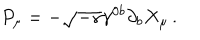
P _ { \mu } = - \sqrt { - \gamma } \gamma ^ { 0 b } \partial _ { b } X _ { \mu } \, .